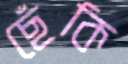
ছেঁকি